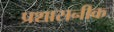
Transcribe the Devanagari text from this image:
प्रशासनीक